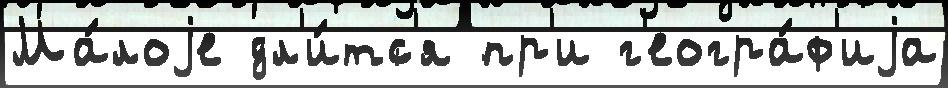
Ма́лоjе дл'и́тс'я пр'и г'еогра́ф'иjа